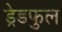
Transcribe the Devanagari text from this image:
ड्रेडफुल